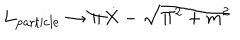
L _ { \mathrm { p a r t i c l e } } \to \Pi \dot { X } - \sqrt { \Pi ^ { 2 } + m ^ { 2 } }